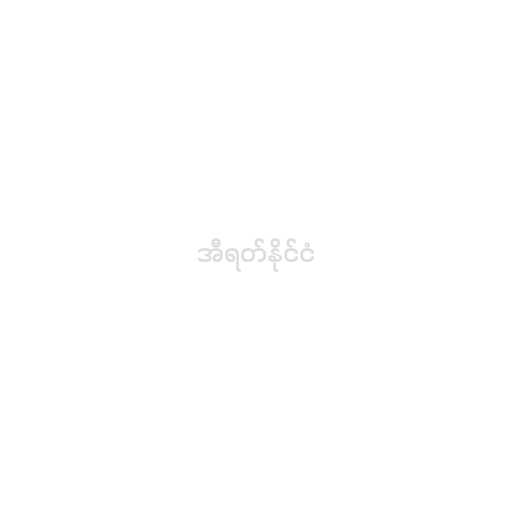
အီရတ်နိုင်ငံ